Problem: 10 × 6 = ?
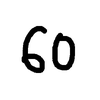
Handwritten answer: 60